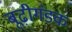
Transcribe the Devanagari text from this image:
बूढ़ीगंडक